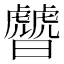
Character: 䖜